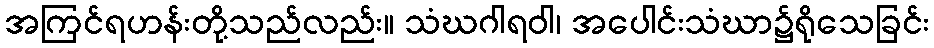
အကြင်ရဟန်းတို့သည်လည်း။ သံဃဂါရဝါ၊ အပေါင်းသံဃာ၌ရိုသေခြင်း